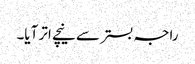
راجہ بستر سے نیچے اتر آیا۔